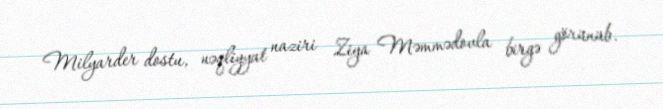
Milyarder dostu, nəqliyyat naziri Ziya Məmmədovla birgə görünüb.